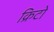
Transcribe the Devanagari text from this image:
क्रिटो